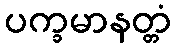
ပက္ခမာနတ္တံ